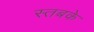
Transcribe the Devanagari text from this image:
स्तबके